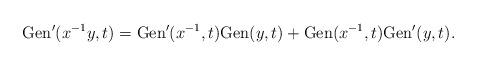
LaTeX: \begin{align*}\mathrm{Gen}'(x^{-1}y,t)=\mathrm{Gen}'(x^{-1},t)\mathrm{Gen}(y,t) +\mathrm{Gen}(x^{-1},t)\mathrm{Gen}'(y,t).\end{align*}